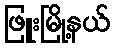
ဖြူးမြို့နယ်